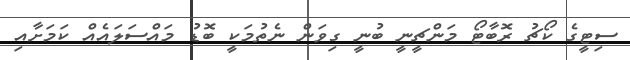
ސިޓީގެ ކޯޗު ރޮބާޓޯ މަންޗީނީ ބުނީ ގިވަން ނެތުމަކީ ބޮޑު މައްސަލައެއް ކަމަށާއި